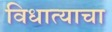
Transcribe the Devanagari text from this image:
विधात्याचा